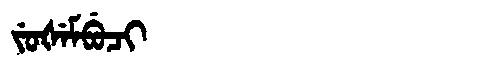
Manchu: ᠵᡠᡧᡝᠮᠪᡠᠴᡳ
Romanization: JUŠEMBUCI